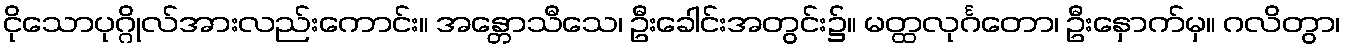
ငိုသောပုဂ္ဂိုလ်အားလည်းကောင်း။ အန္တောသီသေ၊ ဦးခေါင်းအတွင်း၌။ မတ္ထလုင်္ဂတော၊ ဦးနှောက်မှ။ ဂလိတွာ၊